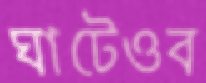
ঘাটেওব